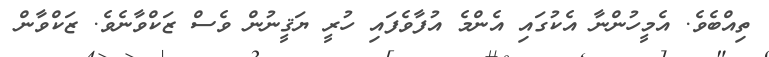
ތިއްބެވެ. އެމީހުންނާ އެކުގައި އެންމެ އުފާވެފައި ހުރީ ޔަޤީނުން ވެސް ޒަކްވާނެވެ. ޒަކްވާން